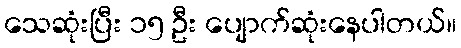
သေဆုံးပြီး ၁၅ ဦး ပျောက်ဆုံးနေပါတယ်။